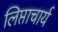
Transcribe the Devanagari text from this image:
लिप्ताचार्य